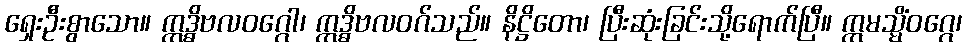
ရှေးဦးစွာသော။ ဣဒ္ဓိဗလဝဂ္ဂေါ၊ ဣဒ္ဓိဗလဝဂ်သည်။ နိဋ္ဌိတော၊ ပြီးဆုံးခြင်းသို့ရောက်ပြီ။ ဣမသ္မိံဝဂ္ဂေ၊